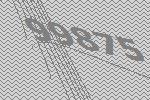
99875